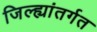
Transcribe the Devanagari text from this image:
जिल्ह्यांतर्गत